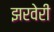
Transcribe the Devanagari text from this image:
झरवेरी